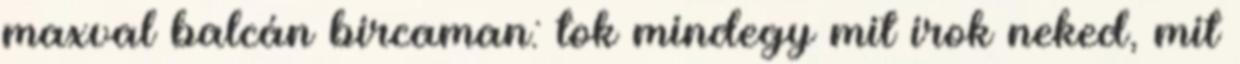
maxval balcán bircaman: tok mindegy mit irok neked, mit